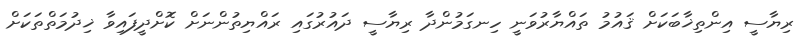
ރިޔާސީ އިންތިޚާބަކަށް ޤައުމު ތައްޔާރުވަނީ ހިނގަމުންދާ ރިޔާސީ ދައުރުގައި ރައްޔިތުންނަށް ކޮށްދީފައިވާ ޚިދުމަތްތަކަށް